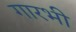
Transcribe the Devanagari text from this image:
गारभी